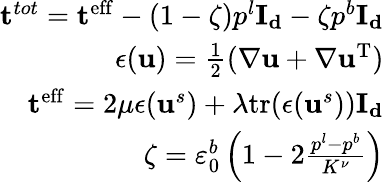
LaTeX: \begin{array}{r}{\mathbf{t}^{tot}=\mathbf{t}^{\mathrm{eff}}-(1-\zeta)p^{l}\mathbf{I_{d}}-\zeta p^{b}\mathbf{I_{d}}}\\ {\mathbf{\epsilon}(\mathbf{u})=\frac{1}{2}(\nabla\mathbf{u}+\nabla\mathbf{u}^{\mathrm{T}})}\\ {\mathbf{t}^{\mathrm{eff}}=2\mu\mathbf{\epsilon}(\mathbf{u}^{s})+\lambda\mathrm{tr}(\mathbf{\epsilon}(\mathbf{u}^{s}))\mathbf{I_{d}}}\\ {\zeta=\varepsilon_{0}^{b}\left(1-2\frac{p^{l}-p^{b}}{K^{\nu}}\right)}\end{array}